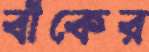
বাঁকের